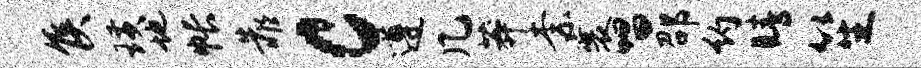
侯璜地帐靠c遵几莽柰襄唱邵约睛笙